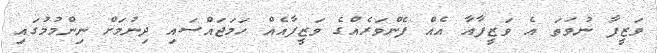
ވަޒީފާ ނުވަތަ އެ ވަޒީފާއާ އެއް ފެންވަރެއްގެ ވަޒީފާއެއް ހަމަޖައްސައި ދިނުމަށް ނިންމުމުގައި